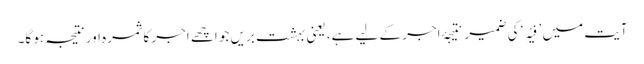
آیت میں ’فِیْہِ‘ کی ضمیر نتیجۂ اجر کے لیے ہے، یعنی بہشت بریں جو اچھے اجر کا ثمرہ اور نتیجہ ہو گا۔